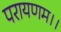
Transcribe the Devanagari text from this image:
परायणम।।